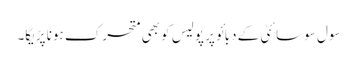
سول سوسائٹی کے دبائو پر پولیس کو بھی متحرک ہونا پڑیگا۔